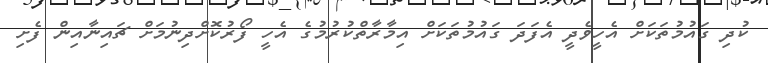
ކުދި ގައުމުތަކަށް އެހީވެދީ އެފަދަ ގައުމުތަކަށް އިމާރާތްކުރުމުގެ އެހީ ފޯރުކޮށްދިނުމަށް ޗައިނާއިން ފެށި